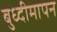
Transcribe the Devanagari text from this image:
बुध्दीमापन